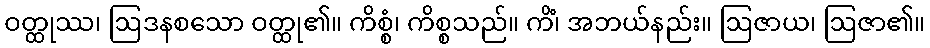
ဝတ္ထုဿ၊ ဩဒနစသော ဝတ္ထု၏။ ကိစ္စံ၊ ကိစ္စသည်။ ကိံ၊ အဘယ်နည်း။ ဩဇာယ၊ ဩဇာ၏။